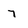
Character: 7